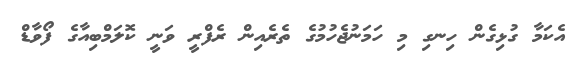
އެކަމާ ގުޅިގެން ހިނގި މި ހަމަނުޖެހުމުގެ ތެރެއިން ރެފްރީ ވަނީ ކޮލަމްބިއާގެ ފޯވާޑް